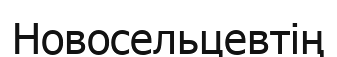
Новосельцевтің